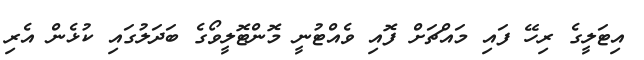
އިޓަލީގެ ރިހޭ ފައި މައްޗަށް ފޮއި ވެއްޓުނީ މޮންޓޮލީވޯގެ ބަދަލުގައި ކުޅެން އެރި